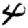
Digit: 4